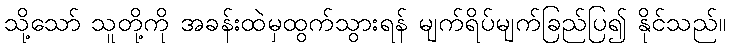
သို့သော် သူတို့ကို အခန်းထဲမှထွက်သွားရန် မျက်ရိပ်မျက်ခြည်ပြ၍ နိုင်သည်။